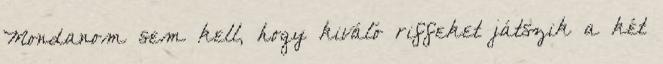
Mondanom sem kell, hogy kiváló riffeket játszik a két